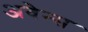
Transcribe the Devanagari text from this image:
अवेन्स